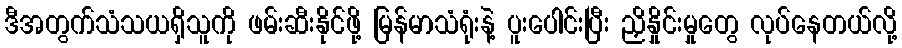
ဒီအတွက်သံသယရှိသူကို ဖမ်းဆီးနိုင်ဖို့ မြန်မာသံရုံးနဲ့ ပူးပေါင်းပြီး ညှိနှိုင်းမှုတွေ လုပ်နေတယ်လို့